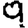
Digit: 9